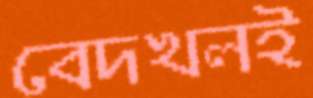
বেদখলই